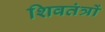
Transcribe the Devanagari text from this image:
शिवतंत्रों